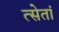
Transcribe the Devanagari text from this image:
त्सेतां